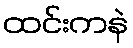
ထင်းကနဲ